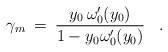
\begin{align*}\gamma_m \> = \> { y_0 \, \omega'_0(y_0) \over 1 - y_0 \omega'_0(y_0)}\;\;\;.\end{align*}